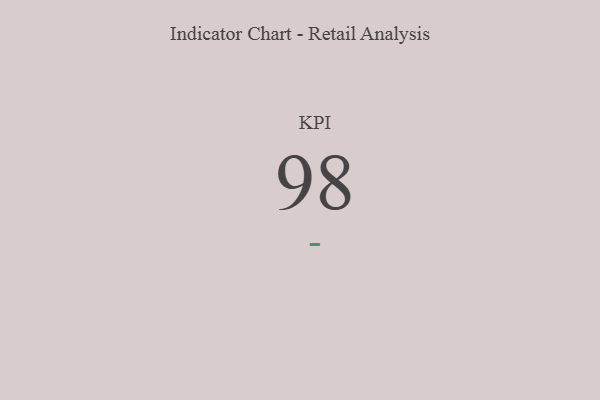
{"axis": {"x": "KPI", "y": "Value"}, "legend": [""], "data": [{"x": "KPI", "y": 98, "type": ""}]}